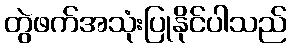
တွဲဖက်အသုံးပြုနိုင်ပါသည်